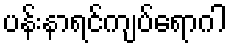
ပန်းနာရင်ကျပ်ရောဂါ